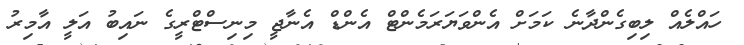
ހައްލެއް ލިބިގެންދާނެ ކަމަށް އެންވަޔަރަމެންޓް އެންޑް އެނާޖީ މިނިސްޓްރީގެ ނައިބު އަލީ އާމިރު